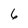
Character: 6